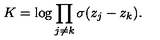
K = \log \prod _ { j \neq k } \sigma ( z _ { j } - z _ { k } ) .